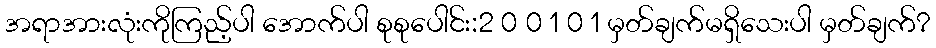
အရာအားလုံးကိုကြည့်ပါ အောက်ပါ စုစုပေါင်း:2 0 0 1 0 1 မှတ်ချက်မရှိသေးပါ မှတ်ချက်?